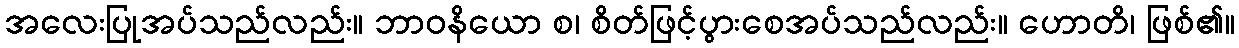
အလေးပြုအပ်သည်လည်း။ ဘာဝနိယော စ၊ စိတ်ဖြင့်ပွားစေအပ်သည်လည်း။ ဟောတိ၊ ဖြစ်၏။